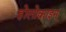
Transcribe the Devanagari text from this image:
होलोक्राइन